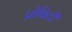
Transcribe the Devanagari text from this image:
प्रोबिटी